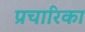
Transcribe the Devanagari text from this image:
प्रचारिका